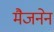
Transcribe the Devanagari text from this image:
मैजनेन